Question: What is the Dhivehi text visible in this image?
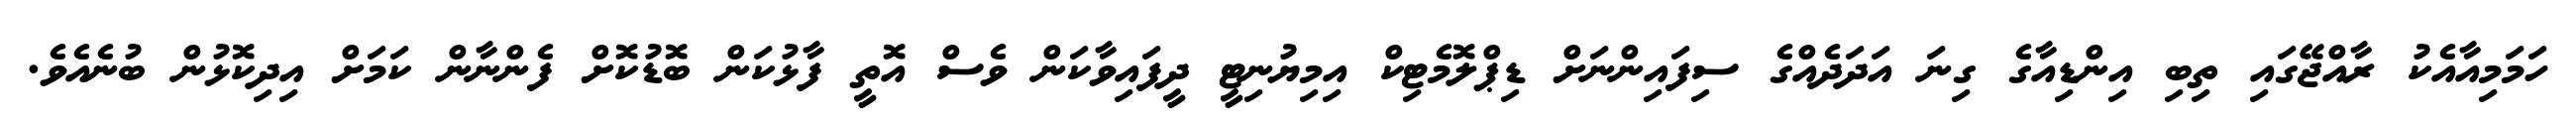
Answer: ހަމަމިއާއެކު ރާއްޖޭގައި ތިބި އިންޑިއާގެ ގިނަ އަދަދެއްގެ ސިފައިންނަށް ޑިޕްލޮމެޓިކް އިމިޔުނިޓީ ދީފައިވާކަން ވެސް އޮތީ ފާޅުކަން ބޮޑުކޮށް ފެންނާން ކަމަށް އިދިކޮޅުން ބުނެއެވެ.